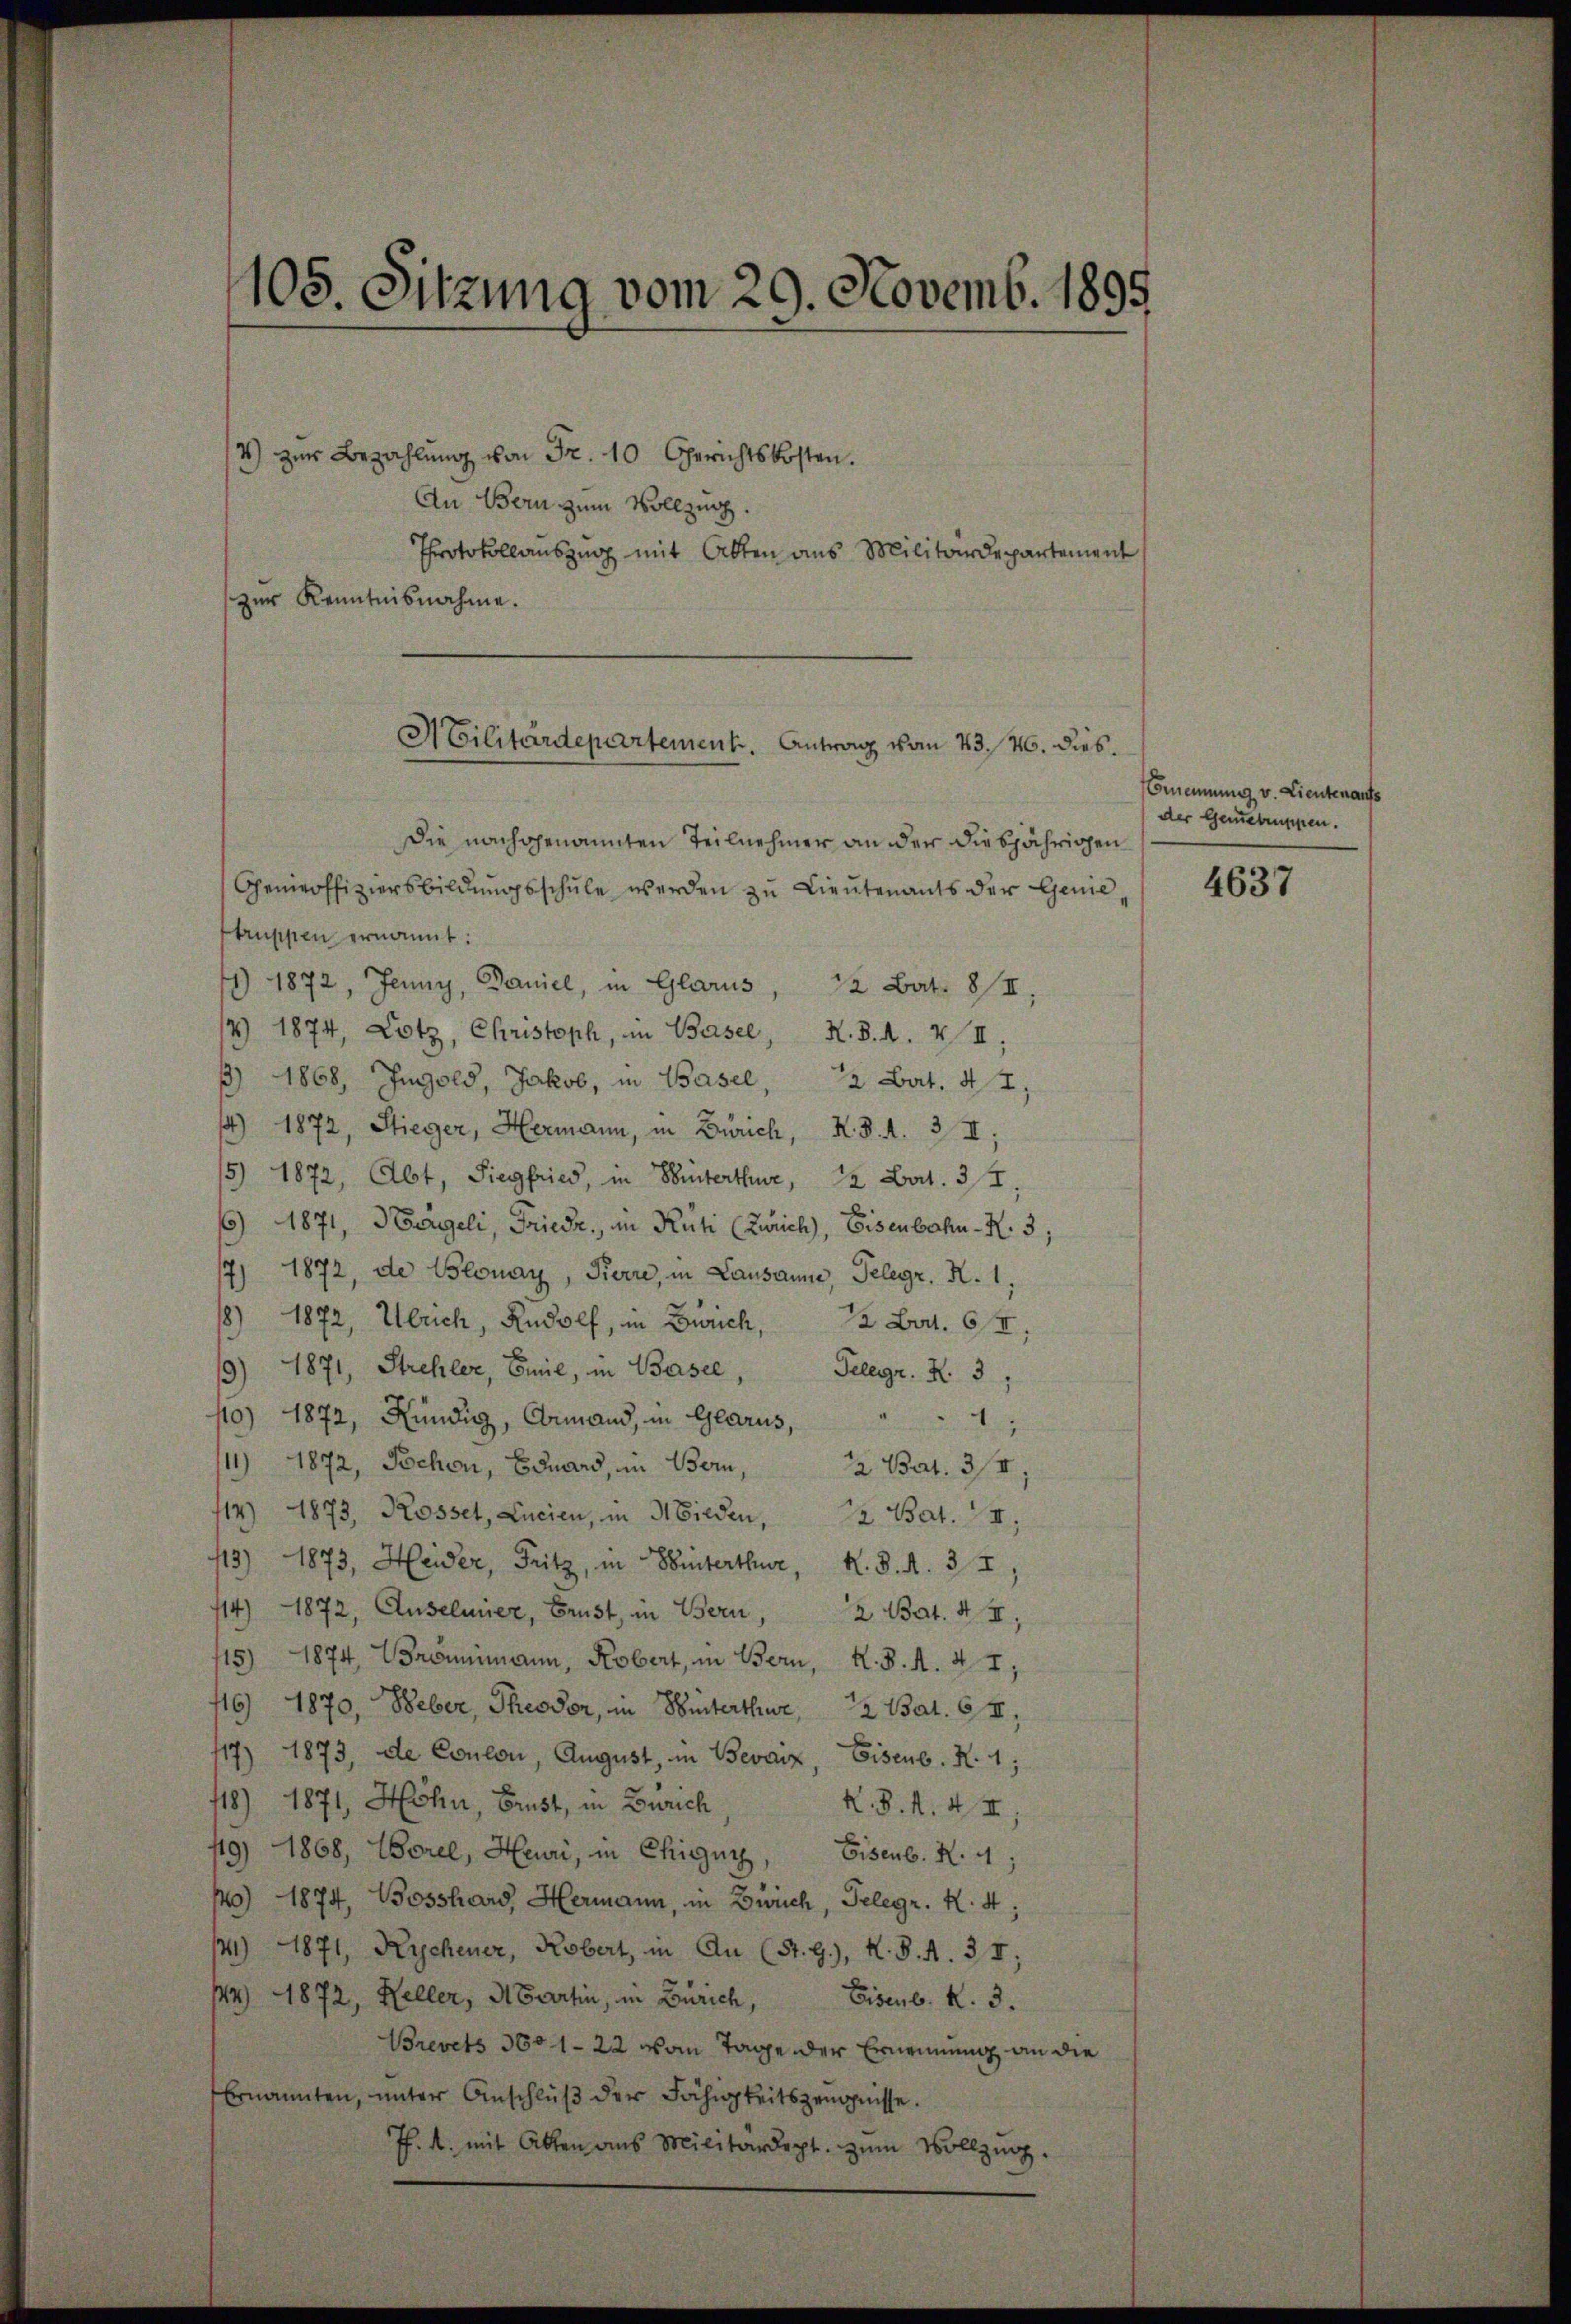
105. Sitzung vom 29. Novemb. 1895

4) zŭr Bezahlŭng von Fr. 10 Gerichtskosten.
An Bern zum Vollzug.
Protokollauszug mit Akten aus Militärdepartement
zur Kenntnisnahme.

A Cilitärdepartement. Antrag vom 23. 46. dies.

Die nachgenannten Teilnehmer an der diesjährigen
Ceneoffiziersbildungsschule werden zu Lieutenants der Genie,
truppen ernannt:
) 1872, Jenny, Daniel, in Glarus, 12 Bat. II,
14 1874, Lotz, Christoph, in Basel, N. S. A. VII,
 1868, Ingold, Jakob, in Basel, 2 Bat. 4 t,
4) 1872, Stieger, Hermann, in Zürich, K. B. d. 3 II,
5) 1872, Abt. Siegfried, in Hinterthur, 12 Lat. 31,
6) 1871, Bergeli, Friedr., in Rüti (Zürich), Eisenbahn-R. 3;
7) 1872, de Blonay, Pierre, in Lausanne, Telegr. R. 1,
8) 1872, Ulrich, Rudolf, in Zürich, 2 Fr. 64,
9) 1871, Strehler, Emil, in Basel, Gelegr. Z. 3
110) 1872, Kündig, Ermand, in Glarus, " " 1
11) 1872, Schon, Eduard, in Bern,
2 Bat. 34
114) 1873, Rosset, Lucien, in Nieden, 22 Bat. II,
13) 1873, Heider, Fritz, in Hinterthur, K. K. A. 34,
14) 1872, Anselmier, Brust, in Bern, 2 Bat. 4 II,
115) 1874, Gröniemann, Robert, in Bern, K. K. A. 4. 1;
116) 1870, Weber, Theodor, in Hinterthur, 12 Bat. 67,
117) 1873, de Coulon, August, in Bevarz, Eisenb. R. 1;
118) 1871, Höhn, Brust, in Zürich
K.S.N. XII.
19) 1868, Borel, Heuri, in Chignys, Eisenb. R. 4,
140) 1874, Bosshard, Hermann, in Zürich, Gelegr. K. 4;
/41) 1871, Rychener, Robert, in Au (St. G.), H. d. d. 31;
144) 1872, Heller, di Partin, in Zürich, Eisenb. R. 3.
Brevets 360 1-22 vom Tage der Ernennung an die
Ernannten, unter Anschlŭβ der Fähigkeitszeugnisse.
J. A. mit Akten aus Militärdept. zŭm Vollzug.

Brennung v. Lieutenants
der Genehmen.

4637